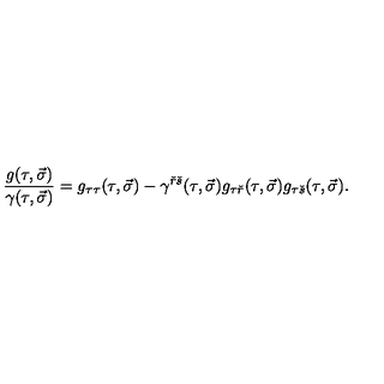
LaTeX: { \frac { g ( \tau , \vec { \sigma } ) } { \gamma ( \tau , \vec { \sigma } ) } } = g _ { \tau \tau } ( \tau , \vec { \sigma } ) - \gamma ^ { { \check { r } } { \check { s } } } ( \tau , \vec { \sigma } ) g _ { \tau { \check { r } } } ( \tau , \vec { \sigma } ) g _ { \tau { \check { s } } } ( \tau , \vec { \sigma } ) .